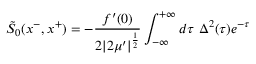
\tilde { S } _ { 0 } ( x ^ { - } , x ^ { + } ) = - { \frac { f ^ { \prime } ( 0 ) } { 2 | 2 \mu ^ { \prime } | ^ { \frac { 1 } { 2 } } } } \int _ { - \infty } ^ { + \infty } d \tau \ \Delta ^ { 2 } ( \tau ) e ^ { - \tau }